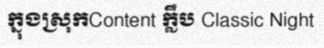
ក្នុងស្រុកContent ក្លឹប Classic Night